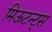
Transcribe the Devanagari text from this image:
मिऊटन्ट्स